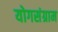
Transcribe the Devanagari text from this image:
योगसंग्राम